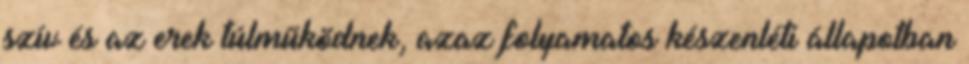
szív és az erek túlműködnek, azaz folyamatos készenléti állapotban